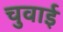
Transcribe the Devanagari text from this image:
चुवाई